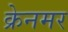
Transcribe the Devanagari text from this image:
क्रेनमर